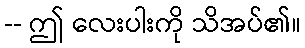
-- ဤ လေးပါးကို သိအပ်၏။